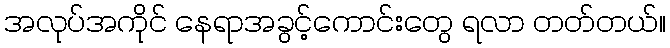
အလုပ်အကိုင် နေရာအခွင့်ကောင်းတွေ ရလာ တတ်တယ်။